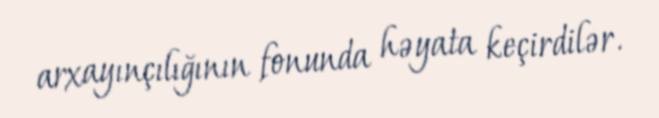
arxayınçılığının fonunda həyata keçirdilər.